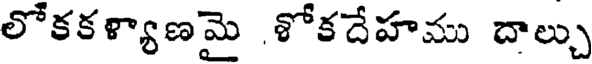
లోకకళ్యాణమై శోకదేహము దాల్చు